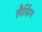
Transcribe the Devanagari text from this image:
लैसिंग